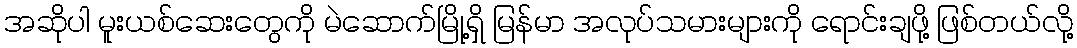
အဆိုပါ မူးယစ်ဆေးတွေကို မဲဆောက်မြို့ရှိ မြန်မာ အလုပ်သမားများကို ရောင်းချဖို့ ဖြစ်တယ်လို့